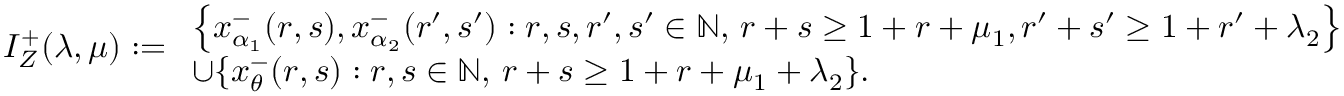
{ I } _ { Z } ^ { + } ( \lambda , \mu ) : = \begin{array} { l } { \left\lbrace x _ { \alpha _ { 1 } } ^ { - } ( r , s ) , x _ { \alpha _ { 2 } } ^ { - } ( r ^ { \prime } , s ^ { \prime } ) : r , s , r ^ { \prime } , s ^ { \prime } \in \mathbb N , \, r + s \geq 1 + r + \mu _ { 1 } , r ^ { \prime } + s ^ { \prime } \geq 1 + r ^ { \prime } + \lambda _ { 2 } \right\rbrace } \\ { \cup \{ x _ { \theta } ^ { - } ( r , s ) : r , s \in \mathbb N , \, r + s \geq 1 + r + \mu _ { 1 } + \lambda _ { 2 } \} . } \end{array}